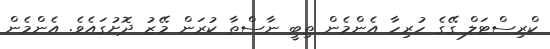
ކްރިސްޓަލް ގޭގެ ހުރިހާ އެންމެން ތިބީ ނާސްތާ ކުރަން މޭޒު ދޮށުގައެވެ. އެންމެން